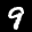
Digit: 9